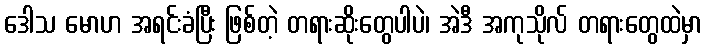
ဒေါသ မောဟ အရင်းခံပြီး ဖြစ်တဲ့ တရားဆိုးတွေပါပဲ၊ အဲဒီ အကုသိုလ် တရားတွေထဲမှာ